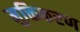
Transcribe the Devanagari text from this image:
मुक्तिकरण